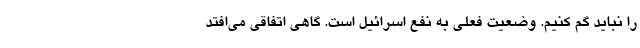
را نباید گم کنیم. وضعیت فعلی به نفع اسرائیل است. گاهی اتفاقی می‌افتد